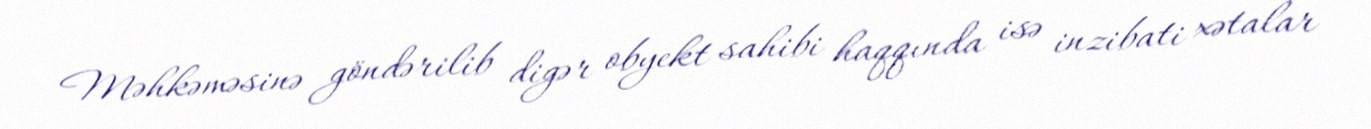
Məhkəməsinə göndərilib digər obyekt sahibi haqqında isə inzibati xətalar